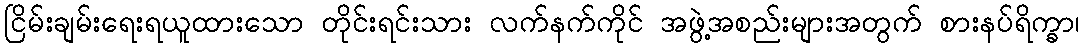
ငြိမ်းချမ်းရေးရယူထားသော တိုင်းရင်းသား လက်နက်ကိုင် အဖွဲ့အစည်းများအတွက် စားနပ်ရိက္ခာ၊